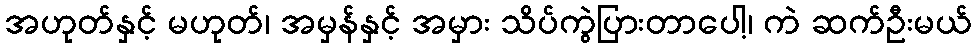
အဟုတ်နှင့် မဟုတ်၊ အမှန်နှင့် အမှား သိပ်ကွဲပြားတာပေါ့၊ ကဲ ဆက်ဦးမယ်